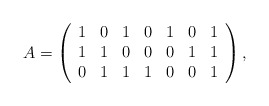
\begin{align*}A=\left( \begin{array}{ccccccc}1 & 0 & 1 & 0 & 1 & 0 & 1 \\ 1 & 1 & 0 & 0 & 0 & 1 & 1 \\ 0 & 1 & 1 & 1 & 0 & 0 & 1\end{array}\right) , \end{align*}